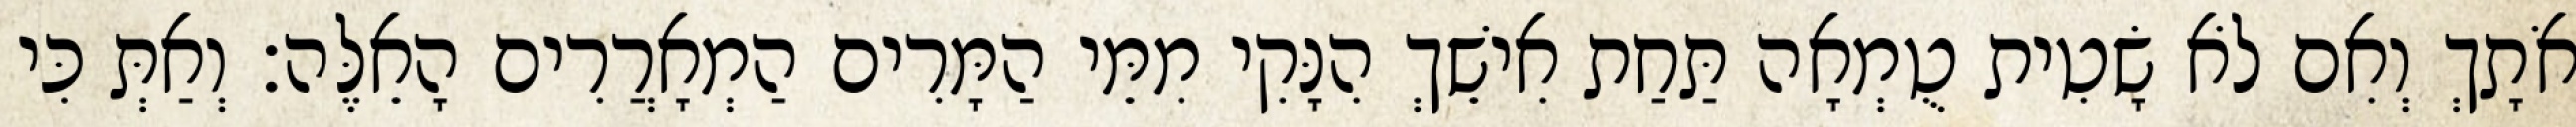
אֹתָךְ וְאִם לֹא שָׂטִית טֻמְאָה תַּחַת אִישֵׁךְ הִנָּקִי מִמֵּי הַמָּרִים הַמְאָרֲרִים הָאֵלֶּה׃ וְאַתְּ כִּי